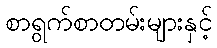
စာရွက်စာတမ်းများနှင့်